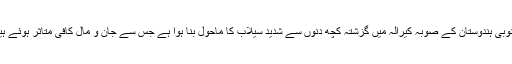
جنوبی ہندوستان کے صوبہ کیرالہ میں گزشتہ کچھ دنوں سے شدید سیلاب کا ماحول بنا ہوا ہے جس سے جان و مال کافی متاثر ہوئے ہیں۔